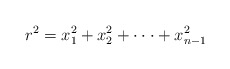
\begin{align*}r^2=x_1^2+x_2^2+\cdot\cdot\cdot+x_{n-1}^2\end{align*}